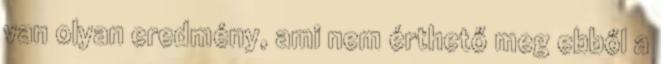
van olyan eredmény, ami nem érthető meg ebből a